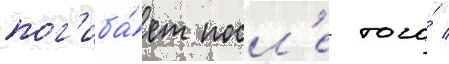
пог'иба́ет посл'е того́ /